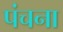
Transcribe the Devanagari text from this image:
पंचना